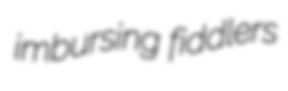
imbursing fiddlers